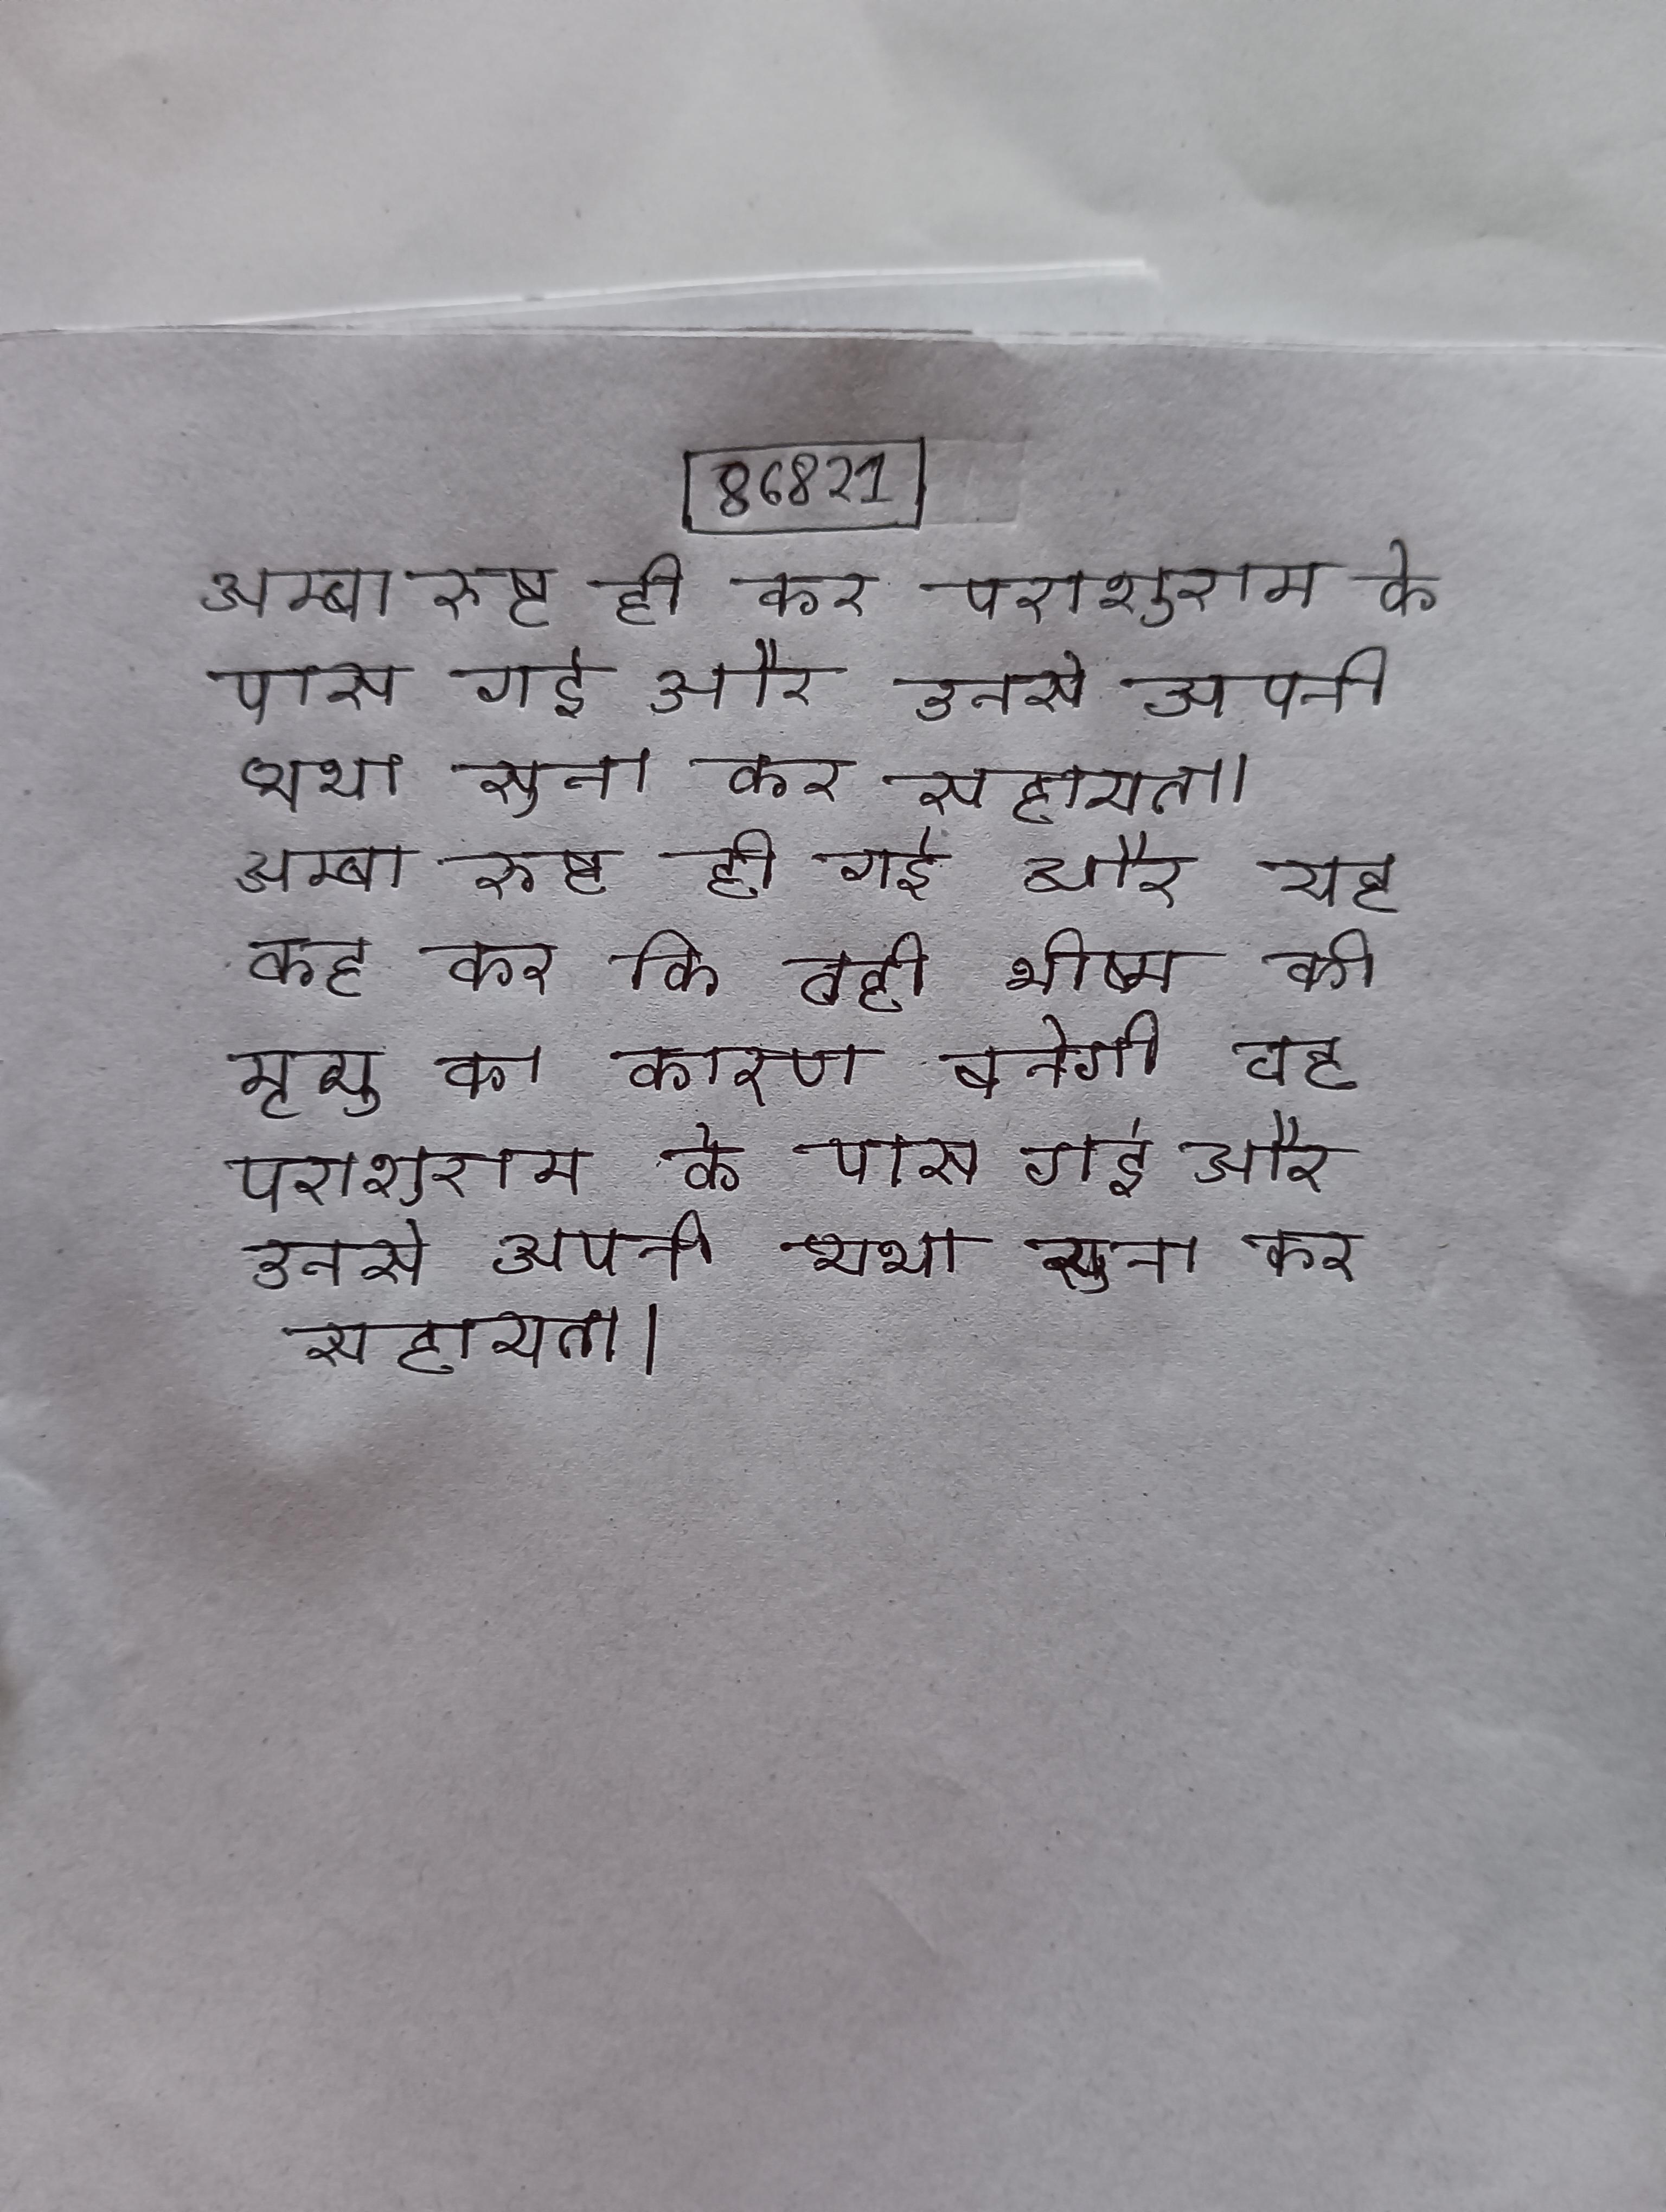
अम्बा रुष्ट हो कर परशुराम के पास गई और उनसे अपनी व्यथा सुना कर सहायता । अम्बा रुष्ट हो गई और यह कह कर कि वही भीष्म की मृत्यु का कारण बनेगी वह परशुराम के पास गई और उनसे अपनी व्यथा सुना कर सहायता ।